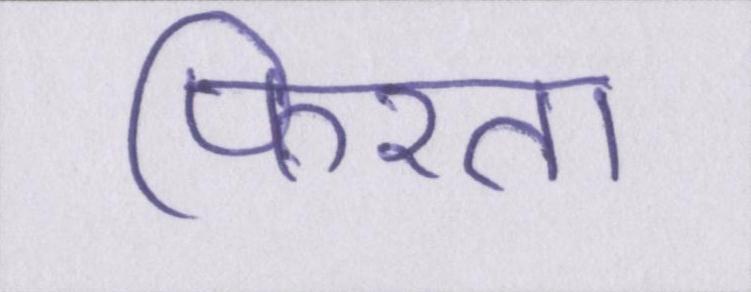
फिरता